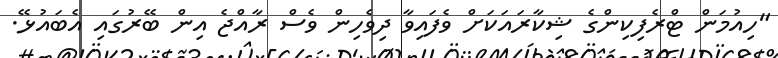
"ހިއުމަން ޓްރެފިކިންގެ ޝިކާރައަކަށް ވެފައިވާ ދިވެހިން ވެސް ރާއްޖެ އިން ބޭރުގައި އެބައުޅޭ.